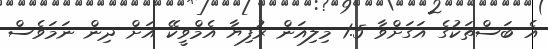
އެ ބަސްތަކުގެ އަގަށްވާ 1.5 މިލިއަން ރުފިޔާ އެމްވީކޭ އަށް ދިން ނަމަވެސް